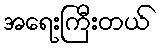
အရေးကြီးတယ်